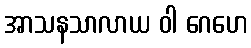
အာသနသာလာယ ဝါ ဂေဟေ